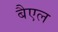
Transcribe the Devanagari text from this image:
बैएल